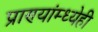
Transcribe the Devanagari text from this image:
प्राण्यांम्ध्येही